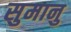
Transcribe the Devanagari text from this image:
सुमानु